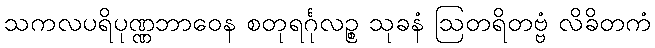
သကလပရိပုဏ္ဏဘာဝေန စတုရင်္ဂုလဉ္စ သုခနံ ဩတရိတဗ္ဗံ လိခိတကံ